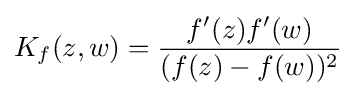
K_{f}(z,w)={\frac {f'(z)f'(w)}{(f(z)-f(w))^{2}}}